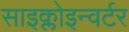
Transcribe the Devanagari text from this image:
साइक्लोइन्वर्टर